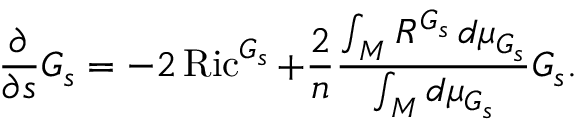
{ \frac { \partial } { \partial s } } G _ { s } = - 2 \operatorname { R i c } ^ { G _ { s } } + { \frac { 2 } { n } } { \frac { \int _ { M } R ^ { G _ { s } } \, d \mu _ { G _ { s } } } { \int _ { M } d \mu _ { G _ { s } } } } G _ { s } .